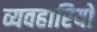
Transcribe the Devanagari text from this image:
व्यवहारियों